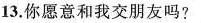
13.你愿意和我交朋友吗?